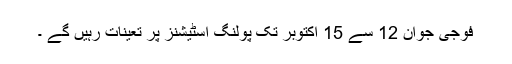
فوجی جوان 12 سے 15 اکتوبر تک پولنگ اسٹیشنز پر تعینات رہیں گے ۔